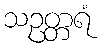
သဥတ္တရံ